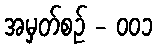
အမှတ်စဥ် - ၀၀၁